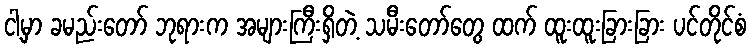
ငါ့မှာ ခမည်းတော် ဘုရားက အများကြီးရှိတဲ့ သမီးတော်တွေ ထက် ထူးထူးခြားခြား ပင်တိုင်စံ